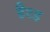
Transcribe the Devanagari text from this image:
हैश्ड